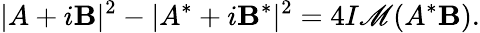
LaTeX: |A+i\mathbf{B}|^{2}-|A^{*}+i\mathbf{B}^{*}|^{2}=4I\mathscr{M}(A^{*}\mathbf{B}).